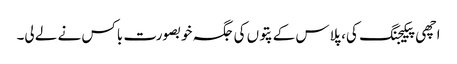
اچھی پیکیجنگ کی، پلاس کے پتوں کی جگہ خوبصورت باکس نے لے لی۔